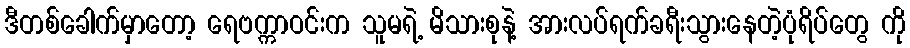
ဒီတစ်ခေါက်မှာတော့ ရေဗက္ကာဝင်းက သူမရဲ့ မိသားစုနဲ့ အားလပ်ရက်ခရီးသွားနေတဲ့ပုံရိပ်တွေ ကို